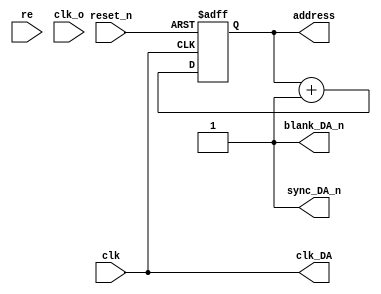
module Controller(
			clk,
			reset_n,
			re,
			clk_o,
				
			address,
			clk_DA,
			blank_DA_n,
			sync_DA_n
);

	input            clk         ;
	input            reset_n     ;
	input 			  re; //
	input				  clk_o;
	
	output [ 4 : 0 ] address     ;
	output           clk_DA      ; //
	output           blank_DA_n  ; //
	output           sync_DA_n   ; //
	
	reg    [ 4 : 0 ] address_data;
	reg    [ 4 : 0 ] cnt;
	reg				  flag;

	/*  */
	
	always @( posedge clk_o )
	begin
		if( re == 0 )
		begin
			cnt <= 5'b00000;//
			flag <= 0;
		end
		else
		begin
			cnt <= 5'b10000;
			flag <= 1;
		end
		
	end
	
	always @( posedge clk or negedge reset_n )
	begin
	if( !reset_n )
	begin
		address_data <= 5'b00000;
	end
	else
	begin 
		if( flag == 1 )
		begin
			address_data <= cnt;
			flag <= 0;
		end	
		address_data <= address_data + 5'b00001;
	end
	end
	
	assign address    = address_data;
	assign clk_DA     = clk;
	assign blank_DA_n = 1'b1;
	assign sync_DA_n  = 1'b1;
	
endmodule